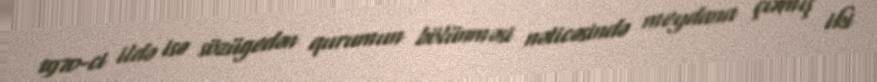
1970-ci ildə isə sözügedən qurumun bölünməsi nəticəsində meydana çıxmış iki